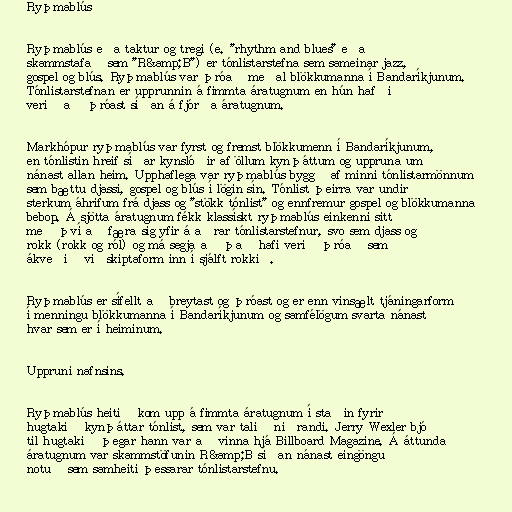
Ryþmablús

Ryþmablús eða taktur og tregi (e. "rhythm and blues" eða
skammstafað sem "R&amp;B") er tónlistarstefna sem sameinar jazz,
gospel og blús. Ryþmablús var þróað meðal blökkumanna í Bandaríkjunum.
Tónlistarstefnan er upprunnin á fimmta áratugnum en hún hafði
verið að þróast síðan á fjórða áratugnum.

Markhópur ryþmablús var fyrst og fremst blökkumenn í Bandaríkjunum,
en tónlistin hreif síðar kynslóðir af öllum kynþáttum og uppruna um
nánast allan heim. Upphaflega var ryþmablús byggð af minni tónlistarmönnum
sem bættu djassi, gospel og blús í lögin sín. Tónlist þeirra var undir
sterkum áhrifum frá djass og "stökk tónlist" og ennfremur gospel og blökkumanna
bebop. Á sjötta áratugnum fékk klassískt ryþmablús einkenni sitt
með því að færa sig yfir á aðrar tónlistarstefnur, svo sem djass og
rokk (rokk og ról) og má segja að það hafi verið þróað sem
ákveðið viðskiptaform inn í sjálft rokkið.

Ryþmablús er sífellt að breytast og þróast og er enn vinsælt tjáningarform
í menningu blökkumanna í Bandaríkjunum og samfélögum svarta nánast
hvar sem er í heiminum.

Uppruni nafnsins.

Ryþmablús heitið kom upp á fimmta áratugnum í staðin fyrir
hugtakið kynþáttar tónlist, sem var talið niðrandi. Jerry Wexler bjó
til hugtakið þegar hann var að vinna hjá Billboard Magazine. Á áttunda
áratugnum var skammstöfunin R&amp;B síðan nánast eingöngu
notuð sem samheiti þessarar tónlistarstefnu.